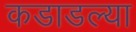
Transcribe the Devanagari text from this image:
कडाडल्या